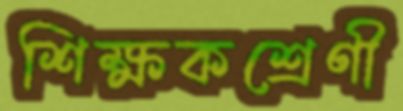
শিক্ষকশ্রেণী